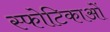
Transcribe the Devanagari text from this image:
स्फोटिकाओं